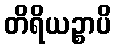
တိရိယဉ္စာပိ